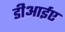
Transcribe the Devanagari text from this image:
डीआईए